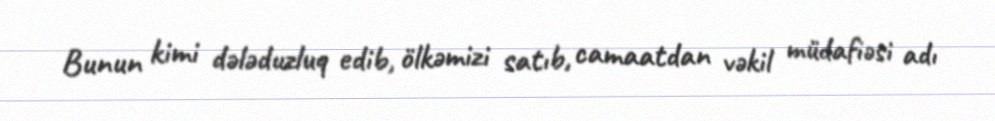
Bunun kimi dələduzluq edib, ölkəmizi satıb, camaatdan vəkil müdafiəsi adı